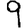
Digit: 9